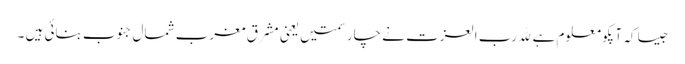
جیسا کہ آپکو معلوم ہے ﷲ رب العزت نے چار سمتیں یعنی مشرق مغرب شمال جنوب بنائی ہیں ۔